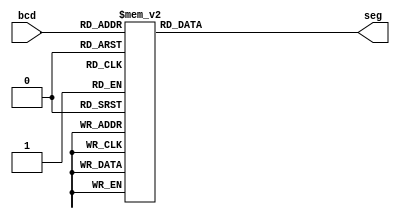
/*
Segment	bit	assignment:	
		(a,	b,	c,	d,	e,	f,	g)	
A	segment	glows	when	the	
corresponding	bit	of	seg	is	0.	
*/

module bcd_to_7seg (bcd, seg);
    input [3:0] bcd;
    output reg [6:0] seg;
    always @(bcd)
        case (bcd)
            0: seg = 7'b0000001;
            1: seg = 7'b1001111;
            2: seg = 7'b0010010;
            3: seg = 7'b0000110;
            4: seg = 7'b1001100;
            5: seg = 7'b0100100;
            6: seg = 7'b0100000;
            7: seg = 7'b0001111;
            8: seg = 7'b0000000;
            9: seg = 7'b0000100;
            default : seg = 7'b1111111;
        endcase
endmodule